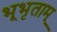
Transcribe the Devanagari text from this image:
भूभृताम्